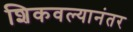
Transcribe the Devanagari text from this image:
शिकवल्यानंतर